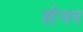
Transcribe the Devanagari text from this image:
शेनर